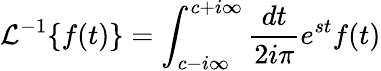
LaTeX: \mathcal{L}^{-1}\{ f(t)\} =\int_{c-i\infty}^{c+i\infty}\frac{dt}{2i\pi}e^{st}f(t)